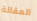
المقالة